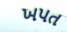
ખપત